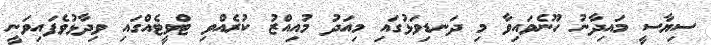
ސިޔާސީ މައިދާނު ހޫނެވައިވާ މި ދަނޑިވަޅުގައި މިއަދު މުއިއްޒު ކުރެއްވި ޓްވީޓެއްގައި ވިދާޅުވެފައިވަނީ